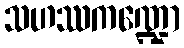
သဟဿကဏ္ဍော